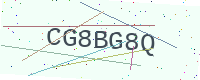
Text: CG8BG8Q